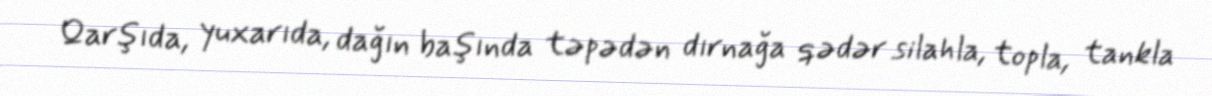
Qarşıda, yuxarıda, dağın başında təpədən dırnağa qədər silahla, topla, tankla